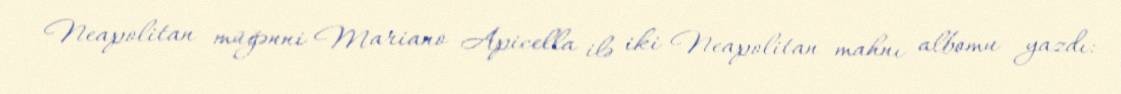
Neapolitan müğənni Mariano Apicella ilə iki Neapolitan mahnı albomu yazdı: